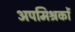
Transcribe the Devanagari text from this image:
अपमिश्रकों